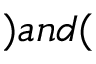
) a n d (